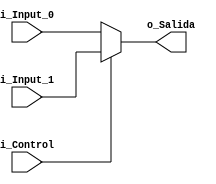
`timescale 1ns / 1ps

module Mux #(parameter BUS_SIZE = 32) (
	input  wire              i_Control,
	input  wire [BUS_SIZE-1:0] i_Input_0,
	input  wire [BUS_SIZE-1:0] i_Input_1,
	output wire [BUS_SIZE-1:0] o_Salida
);

	assign o_Salida = i_Control ? i_Input_1 : i_Input_0;

endmodule